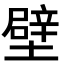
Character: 壁